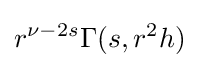
r^{\nu -2s}\Gamma (s,r^{2}h)